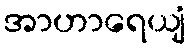
အာဟာရေယျံ